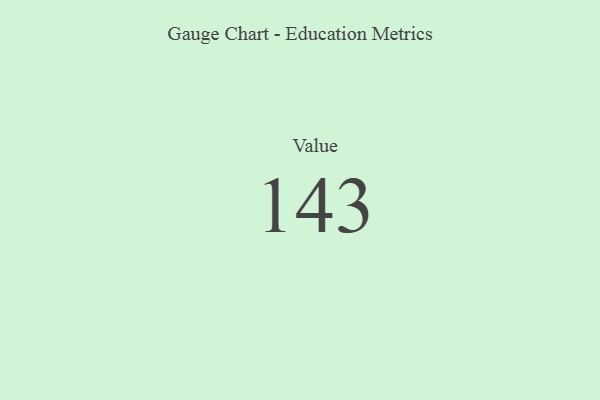
{"axis": {"x": "Metric", "y": "Value"}, "legend": [""], "data": [{"x": "Value", "y": 143, "type": ""}]}